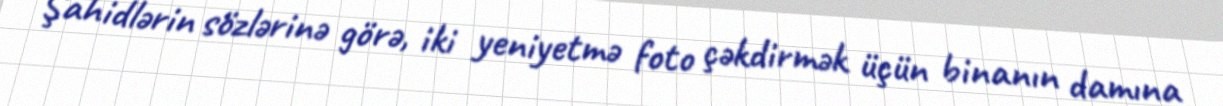
Şahidlərin sözlərinə görə, iki yeniyetmə foto çəkdirmək üçün binanın damına